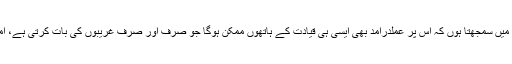
خواتین پر مظالم رکوانے کا سلسلہ کسی بھی دور حکومت میں قانون سازی سے آگے نہیںبڑھا ، میں سمجھتا ہوں کہ اس پر عملدرآمد بھی ایسی ہی قیادت کے ہاتھوں ممکن ہوگا جو صرف اور صرف غریبوں کی بات کرتی ہے، امن کی بات کرتی ہے، اس ملک سے نفرت ،منافرت اورتعصبات ختم کرنے کی بات کرتی ہے ۔